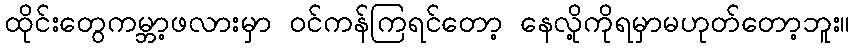
ထိုင်းတွေကမ္ဘာ့ဖလားမှာ ဝင်ကန်ကြရင်တော့ နေလို့ကိုရမှာမဟုတ်တော့ဘူး။